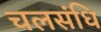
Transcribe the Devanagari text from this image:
चलसंधि